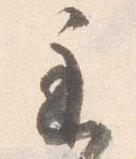
遅